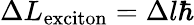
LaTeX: \Delta L_{\mathrm{exciton}}=\Delta l\hbar